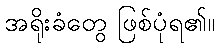
အရိုးခံတွေ ဖြစ်ပုံရ၏။